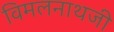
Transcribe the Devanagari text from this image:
विमलनाथजी